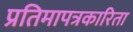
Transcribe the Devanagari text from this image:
प्रतिमापत्रकारिता